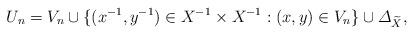
LaTeX: \begin{align*}U_n= V_n\cup\{(x^{-1}, y^{-1})\in X^{-1}\times X^{-1}: (x,y)\in V_n\}\cup\varDelta_{\widetilde{X}}, \end{align*}